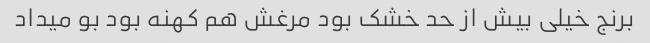
برنج خیلی بیش از حد خشک بود مرغش هم کهنه بود بو میداد